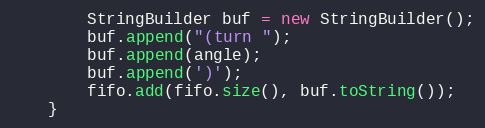
Language: Java
        StringBuilder buf = new StringBuilder();
        buf.append("(turn ");
        buf.append(angle);
        buf.append(')');
        fifo.add(fifo.size(), buf.toString());
    }